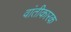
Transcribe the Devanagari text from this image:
वांतीकारक